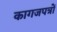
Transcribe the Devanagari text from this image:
कागजपत्रों